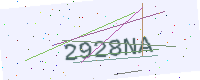
Text: 2928NA